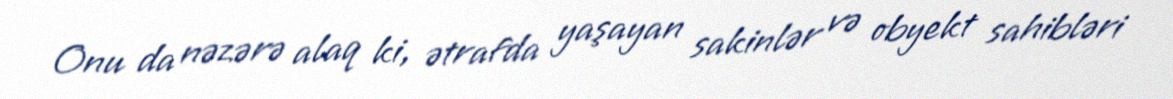
Onu da nəzərə alaq ki, ətrafda yaşayan sakinlər və obyekt sahibləri